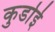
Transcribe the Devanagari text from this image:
कुर्डाई